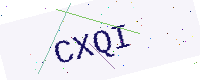
Text: CXQI